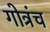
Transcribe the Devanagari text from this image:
गोत्रंच